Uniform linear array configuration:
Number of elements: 16
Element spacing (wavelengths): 0.5
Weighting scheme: blackman
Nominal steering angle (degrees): -15
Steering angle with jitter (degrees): -15.862
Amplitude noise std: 0.05
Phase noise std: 0.05

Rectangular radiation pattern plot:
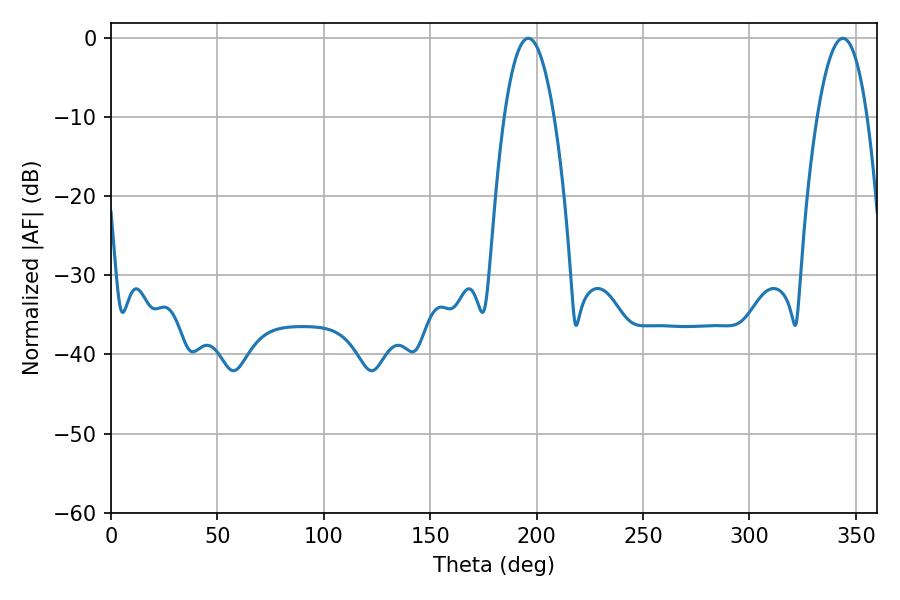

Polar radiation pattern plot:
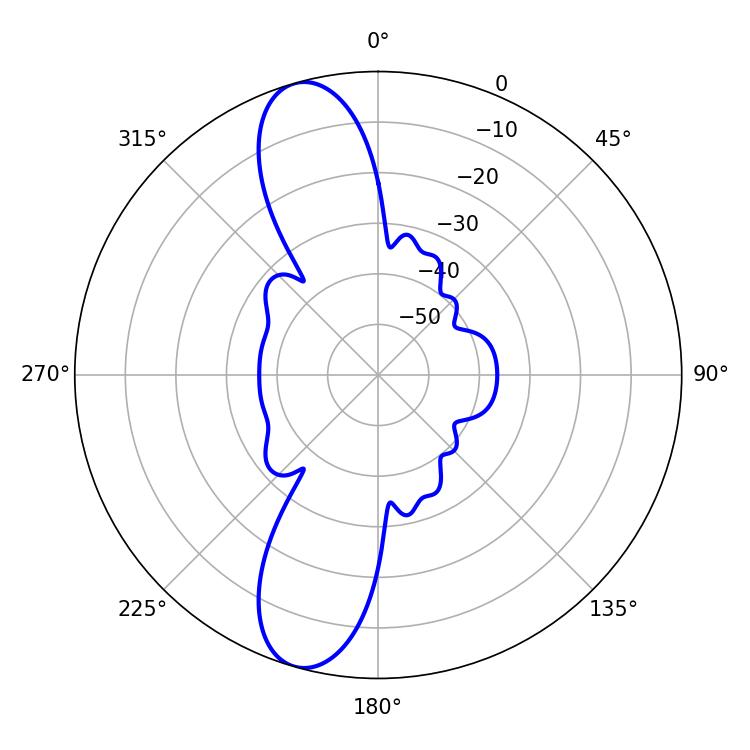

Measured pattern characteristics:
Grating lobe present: FALSE
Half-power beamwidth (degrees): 12.96
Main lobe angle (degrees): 196.02